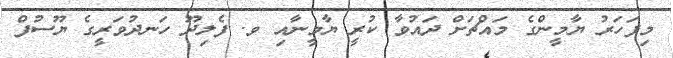
މިފަހަރު ޔާމީންގެ މައްޗަށް ދައުވާ ކުރީ ޔާމީނާއި ވ. ފެލިދޫ ހަނދުވަރީގެ ޔޫސުފް